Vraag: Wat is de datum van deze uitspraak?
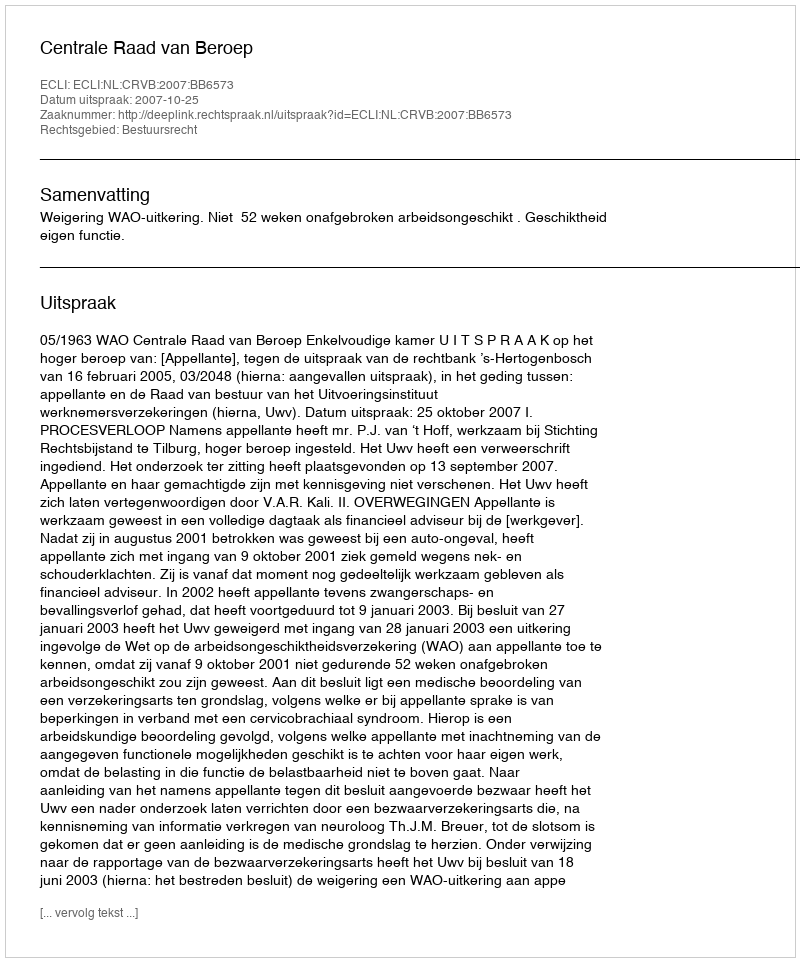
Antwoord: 2007-10-25